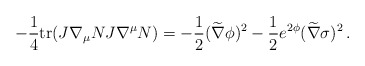
\begin{align*}-{1\over4}{\rm tr}(J\nabla_\mu N J\nabla^\mu N) = - {1\over2} (\widetilde\nabla\phi)^2 - {1\over2} e^{2\phi}(\widetilde\nabla\sigma)^2 \,.\end{align*}